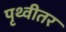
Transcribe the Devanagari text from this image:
पृथ्वीतर